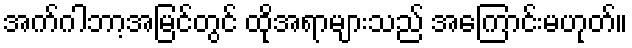
အက်ဂါဘာ့အမြင်တွင် ထိုအရာများသည် အကြောင်းမဟုတ်။